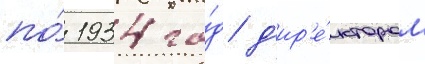
по́ 1934 го́д д'ир'е́ктором